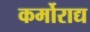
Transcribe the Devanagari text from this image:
कर्मोराद्य